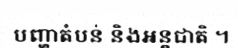
បញ្ហាតំបន់ និងអន្តជាតិ ។